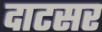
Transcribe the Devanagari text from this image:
दाटसर